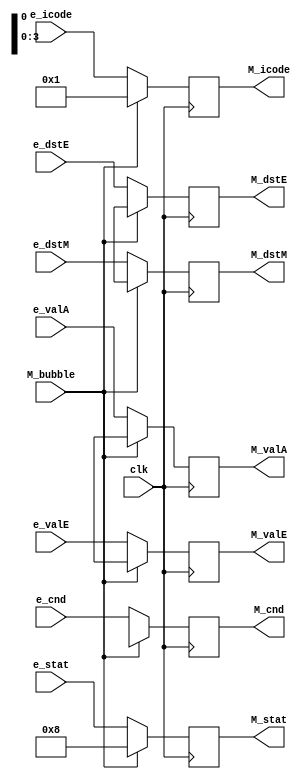
module M_reg(e_cnd, M_bubble, clk, e_stat, e_icode, e_valE, e_valA, e_dstE, e_dstM, M_cnd, M_stat, M_icode, M_valE, M_valA, M_dstE, M_dstM);

input e_cnd, clk;
input [3:0] e_stat, e_icode, e_dstE, e_dstM;
input [63:0] e_valE, e_valA;
input M_bubble;
output reg M_cnd;
output reg [3:0] M_stat, M_icode, M_dstE, M_dstM;
output reg [63:0] M_valE, M_valA;

reg cnd;
reg [3:0] stat, icode;
reg [63:0] valE, valA, dstE, dstM;

initial begin 
    M_stat = 8;
end

always@(*)
begin
    cnd = e_cnd;
    stat = e_stat;
    icode = e_icode;
    valE = e_valE;
    valA = e_valA;
    dstE = e_dstE;
    dstM = e_dstM;
end

always@(posedge clk)
begin
    if (!M_bubble) begin 
        M_cnd <= cnd;
        M_stat <= stat;
        M_icode <= icode;
        M_valE <= valE;
        M_valA <= valA;
        M_dstE <= dstE;
        M_dstM <= dstM;
    end
    else begin 
        M_cnd <= 1'bx;
        M_stat <= 4'd8;
        M_icode <= 4'b0001;
        M_valE <= 64'bx;
        M_valA <= 64'bx;
        M_dstE <= 4'bx;
        M_dstM <= 4'bx;
    end
end



endmodule